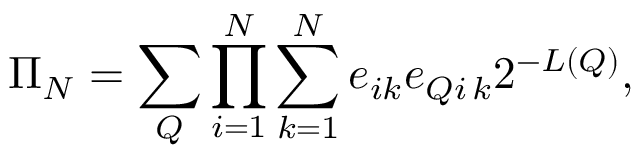
\Pi _ { N } = \sum _ { Q } \prod _ { i = 1 } ^ { N } \sum _ { k = 1 } ^ { N } e _ { i k } e _ { Q i \, k } 2 ^ { - L ( Q ) } ,